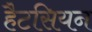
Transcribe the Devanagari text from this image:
हैटसियन